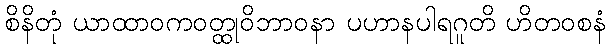
စိနိတုံ ယာထာဝကဝတ္ထုဝိဘာဝနာ ပဟာနပါရဂူတိ ဟိတဝစနံ